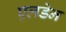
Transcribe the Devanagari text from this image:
एलडेन